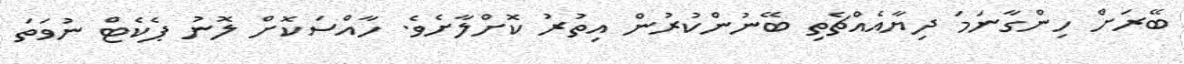
ބޭރަށް ހިންގާނަމަ ދިޔާއެއްޗެތި ބޭނުންކުރުން އިތުރު ކޮށްލާށެވެ. ހާއްސަކޮށް ލޮނު ޕެކެޓް ނުވަތަ